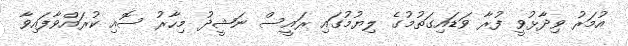
އުމަރު ވިދާޅުވީ ފުރާ ވަޑައިގަތުމުގެ ލިޔުމުގައި ރައީސް ނަޝީދު މިހާރު ސޮއި ކުރައްވާފައިވާ